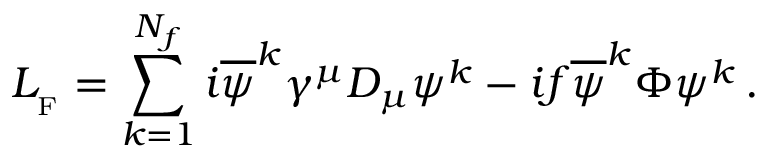
{ \cal L } _ { _ { \mathrm { F } } } = \sum _ { k = 1 } ^ { N _ { f } } i { \overline { { \psi } } } ^ { k } \gamma ^ { \mu } D _ { \mu } \psi ^ { k } - i f { \overline { { \psi } } } ^ { k } \Phi \psi ^ { k } \, .